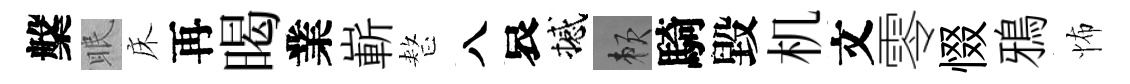
槃眠床再暍業嶄整八哀撼賴騎毀机文零惙鴉怖